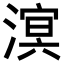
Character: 𪷆